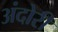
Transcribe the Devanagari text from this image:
अंदोरी